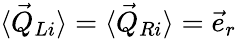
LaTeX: \begin{array}{r}{\langle\vec{Q}_{Li}\rangle=\langle\vec{Q}_{Ri}\rangle=\vec{e}_{r}}\end{array}